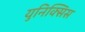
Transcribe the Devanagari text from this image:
युनिक्सिस